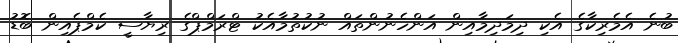
ބުނެ އެމެރިކާގެ އެކި ދިމަދިމާއިން އަންހެނުންތައް ނުކުތުމާއެކު ޓްރަމްޕްގެ ރިޔާސީ ކެމްޕެއިން ބޮޑު